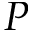
P